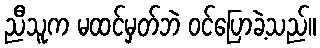
ညီသူက မထင်မှတ်ဘဲ ဝင်ပြောခဲ့သည်။